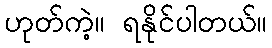
ဟုတ်ကဲ့။ ရနိုင်ပါတယ်။